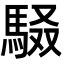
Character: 𮩾